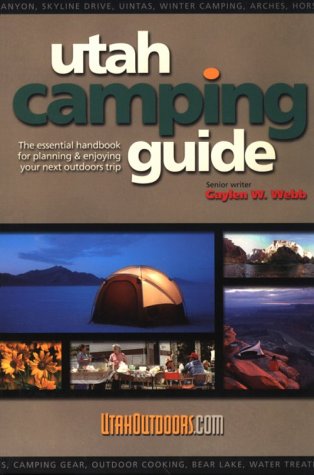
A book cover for Utah Camping Guide : The essential handbook for planning and enjoying your next outdoors trip; Gaylen W. Webb; Travel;